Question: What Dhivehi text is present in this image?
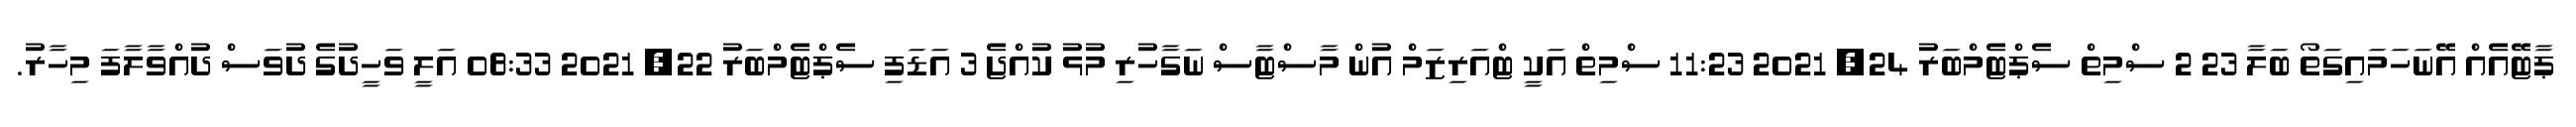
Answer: ޕާޓޭއެއް އޭނަހަމައިގަތޯ ބަލާ 23 2 ސްމިތް ސެޕްޓެމްބަރު 24, 2021 11:23 ސްމިތް އަކީ ޓްއަރިޒަމް އުން މާސްޓާސް ނަގާހުރި މުޅު ކުއްޖެ 3 އަޑަފި ސެޕްޓެމްބަރު 22, 2021 08:33 އަލީ ވަހީދުގެ ދުވަސް ދުއްވާލާފަ މިހާރު.